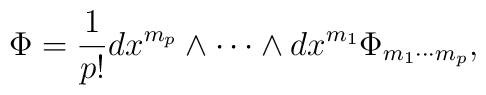
\Phi = \frac{1}{p!} dx^{m_p} \wedge \cdots \wedge dx^{m_1}  \Phi_{m_1\cdots m_p},